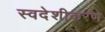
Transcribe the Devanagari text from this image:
स्वदेशीकरण